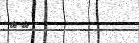
٥٤